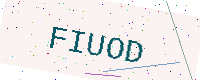
Text: FIUOD